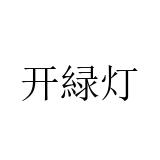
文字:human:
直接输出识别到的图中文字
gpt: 开緑灯